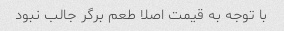
با توجه به قیمت اصلا طعم برگر جالب نبود